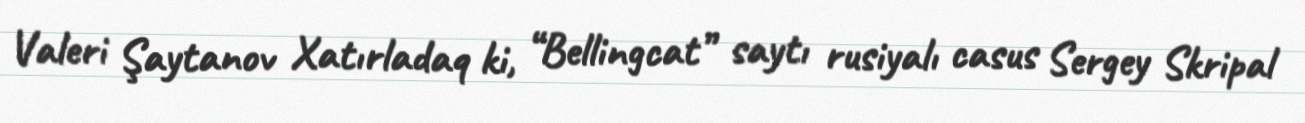
Valeri Şaytanov Xatırladaq ki, “Bellingcat” saytı rusiyalı casus Sergey Skripal